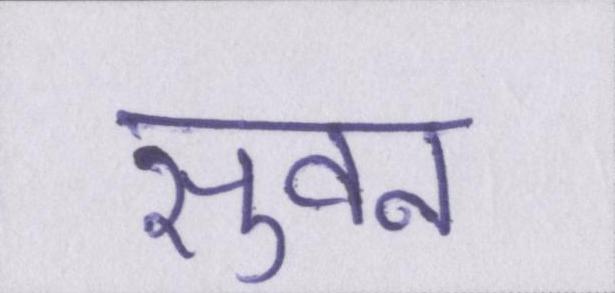
सुवन